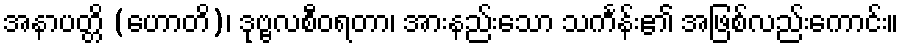
အနာပတ္တိ (ဟောတိ)၊ ဒုဗ္ဗလစီဝရတာ၊ အားနည်းသော သင်္ကန်း၏ အဖြစ်လည်းကောင်း။